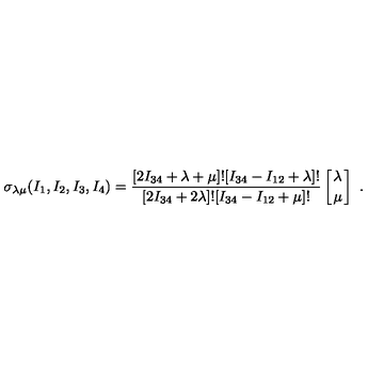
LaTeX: \sigma _ { \lambda \mu } ( I _ { 1 } , I _ { 2 } , I _ { 3 } , I _ { 4 } ) = { \frac { [ 2 I _ { 3 4 } + \lambda + \mu ] ! [ I _ { 3 4 } - I _ { 1 2 } + \lambda ] ! } { [ 2 I _ { 3 4 } + 2 \lambda ] ! [ I _ { 3 4 } - I _ { 1 2 } + \mu ] ! } } \left[ { \lambda \atop \mu } \right] \ .